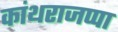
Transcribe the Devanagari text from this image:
कांथराजप्पा